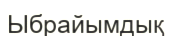
Ыбрайымдық